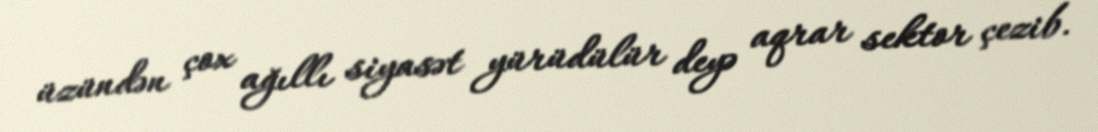
üzündən çox ağıllı siyasət yürüdülür deyə aqrar sektor çezib.